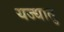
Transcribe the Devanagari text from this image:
यज्धातु